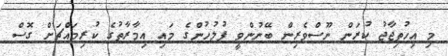
މި އިހުތިޖާޖު ކުރަން ނޫސްވެރިން ބޭނުންވީ ފުލުހުންގެ މައި އިމާރާތުގެ ކުރިމައްޗަށް ގޮސް